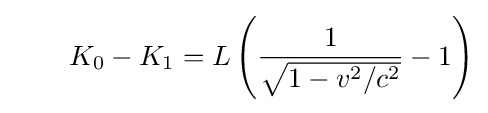
\quad \quad K_{0}-K_{1}=L\left({\frac {1}{\sqrt {1-v^{2}/c^{2}}}}-1\right)